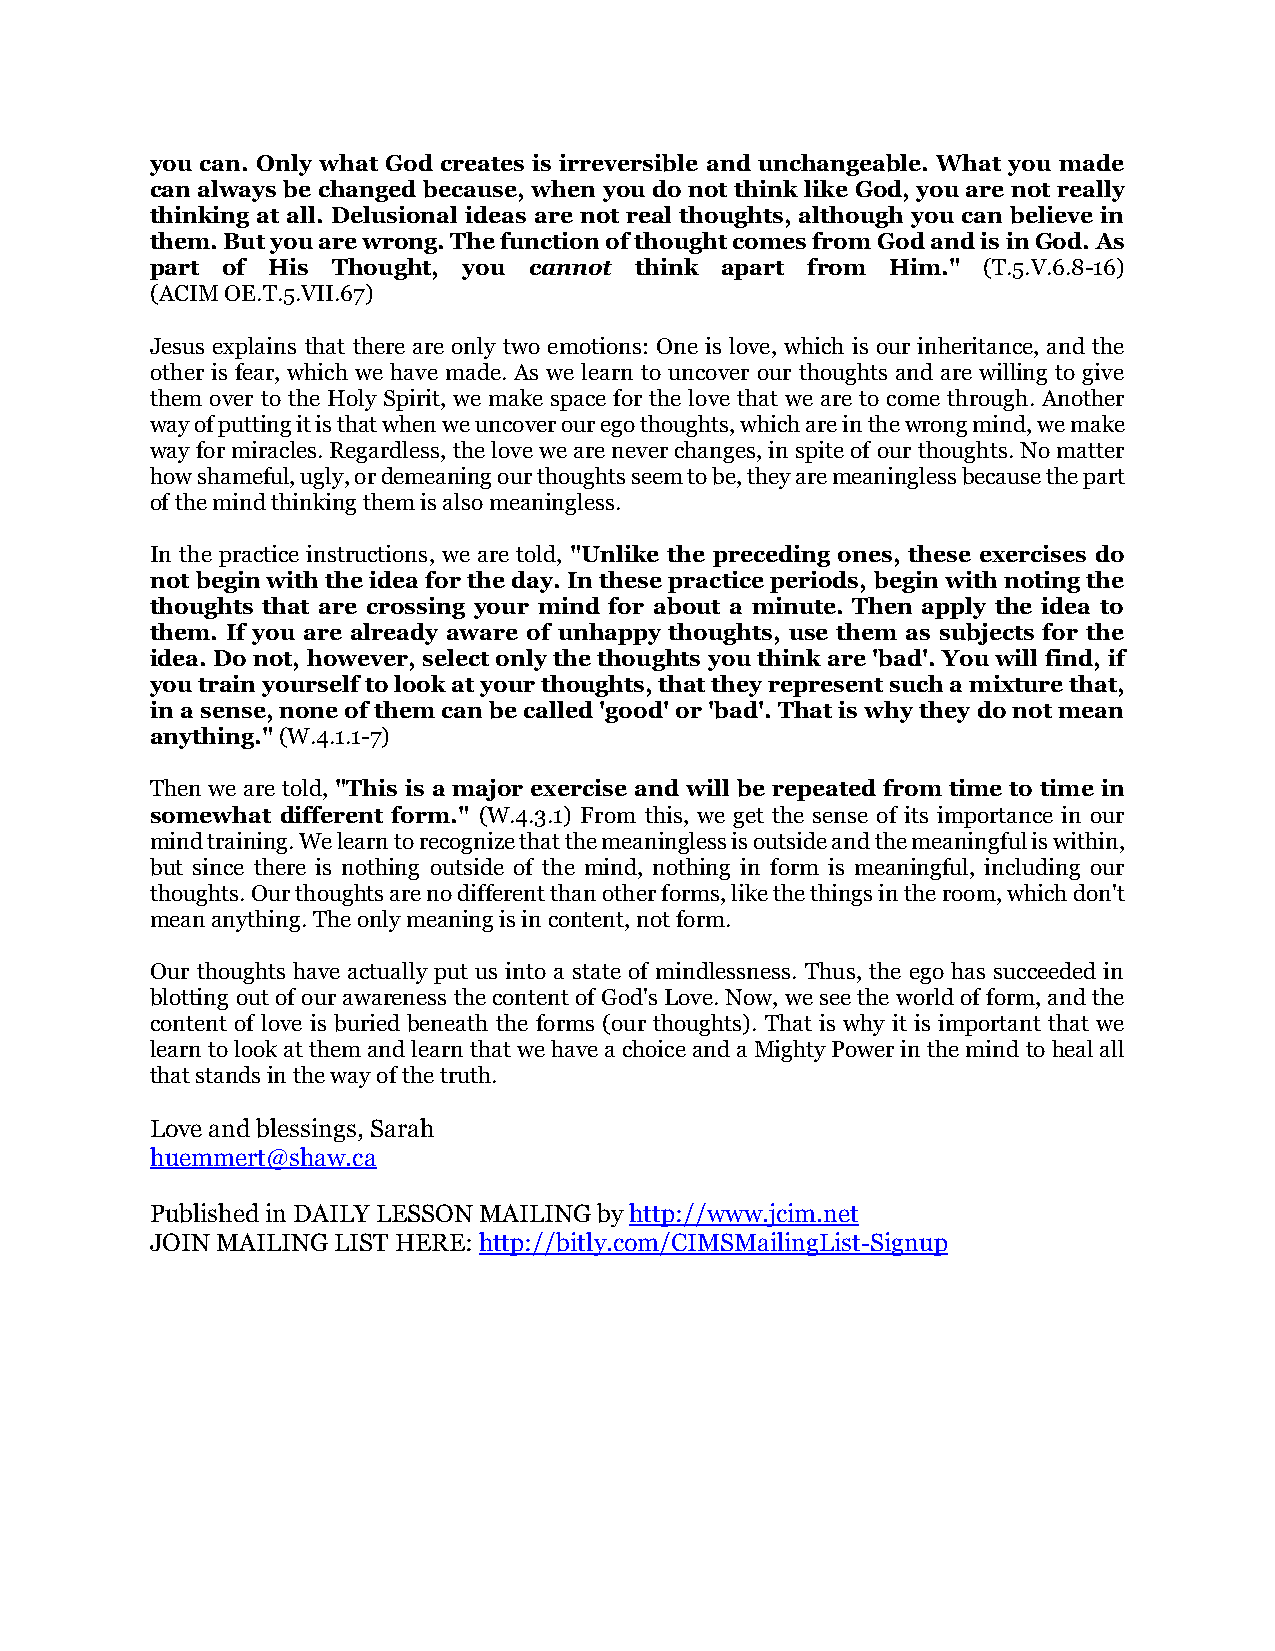
you can. Only what God creates is irreversible and unchangeable. What you made
 can always be changed because, when you do not think like God, you are not really
 thinking at all. Delusional ideas are not real thoughts, although you can believe in
 them. But you are wrong. The function of thought comes from God and is in God. As
 part of His Thought, you cannot think apart from Him." (T.5.V.6.8-16)
 (ACIM OE.T.5.VII.67)
 Jesus explains that there are only two emotions: One is love, which is our inheritance, and the
 other is fear, which we have made. As we learn to uncover our thoughts and are willing to give
 them over to the Holy Spirit, we make space for the love that we are to come through. Another
 way of putting it is that when we uncover our ego thoughts, which are in the wrong mind, we make
 way for miracles. Regardless, the love we are never changes, in spite of our thoughts. No matter
 how shameful, ugly, or demeaning our thoughts seem to be, they are meaningless because the part
 of the mind thinking them is also meaningless.
 In the practice instructions, we are told, "Unlike the preceding ones, these exercises do
 not begin with the idea for the day. In these practice periods, begin with noting the
 thoughts that are crossing your mind for about a minute. Then apply the idea to
 them. If you are already aware of unhappy thoughts, use them as subjects for the
 idea. Do not, however, select only the thoughts you think are 'bad'. You will find, if
 you train yourself to look at your thoughts, that they represent such a mixture that,
 in a sense, none of them can be called 'good' or 'bad'. That is why they do not mean
 anything." (W.4.1.1-7)
 Then we are told, "This is a major exercise and will be repeated from time to time in
 somewhat different form." (W.4.3.1) From this, we get the sense of its importance in our
 mind training. We learn to recognize that the meaningless is outside and the meaningful is within,
 but since there is nothing outside of the mind, nothing in form is meaningful, including our
 thoughts. Our thoughts are no different than other forms, like the things in the room, which don't
 mean anything. The only meaning is in content, not form.
 Our thoughts have actually put us into a state of mindlessness. Thus, the ego has succeeded in
 blotting out of our awareness the content of God's Love. Now, we see the world of form, and the
 content of love is buried beneath the forms (our thoughts). That is why it is important that we
 learn to look at them and learn that we have a choice and a Mighty Power in the mind to heal all
 that stands in the way of the truth.
 Love and blessings, Sarah
 huemmert@shaw.ca
 Published in DAILY LESSON MAILING by http://www.jcim.net
 JOIN MAILING LIST HERE: http://bitly.com/CIMSMailingList-Signup